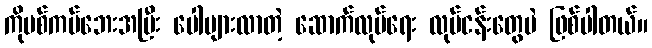
ကိုဗစ်ကပ်ဘေးအပြီး ပေါများလာတဲ့ ဆောက်လုပ်ရေး လုပ်ငန်းတွေပဲ ဖြစ်ပါတယ်။